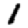
Digit: 1